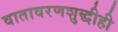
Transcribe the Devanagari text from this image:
वातावरणशुद्धीही